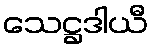
သေဋ္ဌဒါယီ